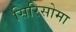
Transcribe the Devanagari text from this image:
सिरिसोमा